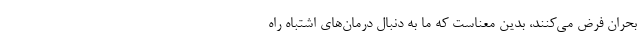
بحران فرض می‌کنند، بدین معناست که ما به دنبال درمان‌های اشتباه راه